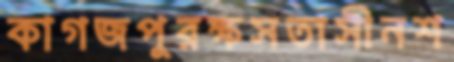
কাগজপুরক্ষসতাসীনশ